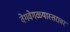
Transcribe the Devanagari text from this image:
वेगवेगळ्यास्तरावर